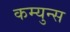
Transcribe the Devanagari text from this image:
कम्युन्स